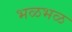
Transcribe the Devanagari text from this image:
भळभळ